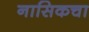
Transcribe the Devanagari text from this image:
नासिकचा